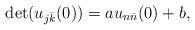
LaTeX: \begin{align*}\det(u_{j\bar k}(0))=au_{n\bar n}(0)+b,\end{align*}